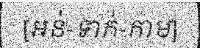
[អន់-ទាក់-កាម]